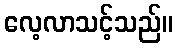
လေ့လာသင့်သည်။